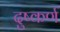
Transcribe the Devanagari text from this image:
दुष्कर्ण